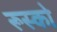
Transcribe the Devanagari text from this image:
रूस्को